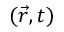
( { \vec { r } } , t )